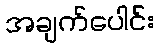
အချက်ပေါင်း